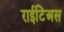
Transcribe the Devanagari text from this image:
राईटिअस